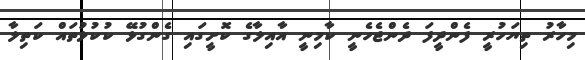
މިހާރު ތިޔަހުރީ ފެންދީފަ ދެންޖެހެނީ ކާމިނީ އާއިލާގެ ކޮށީގައި ގެންގުޅޭ ކުކުޅުތައް ކަތިލާ